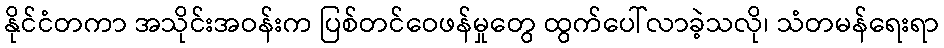
နိုင်ငံတကာ အသိုင်းအဝန်းက ပြစ်တင်ဝေဖန်မှုတွေ ထွက်ပေါ်လာခဲ့သလို၊ သံတမန်ရေးရာ